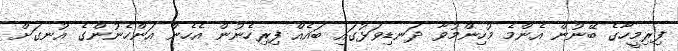
ފިރިމީހާގެ ބޭނުން އެންމެ މުހިންމުވާ ދަނޑިވަޅުގައި ބައެއް ފިރިހެނުން އެހެން އަންހެނުންގެ އުނގަށް